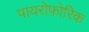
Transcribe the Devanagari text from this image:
पायरोफ़ोरिक